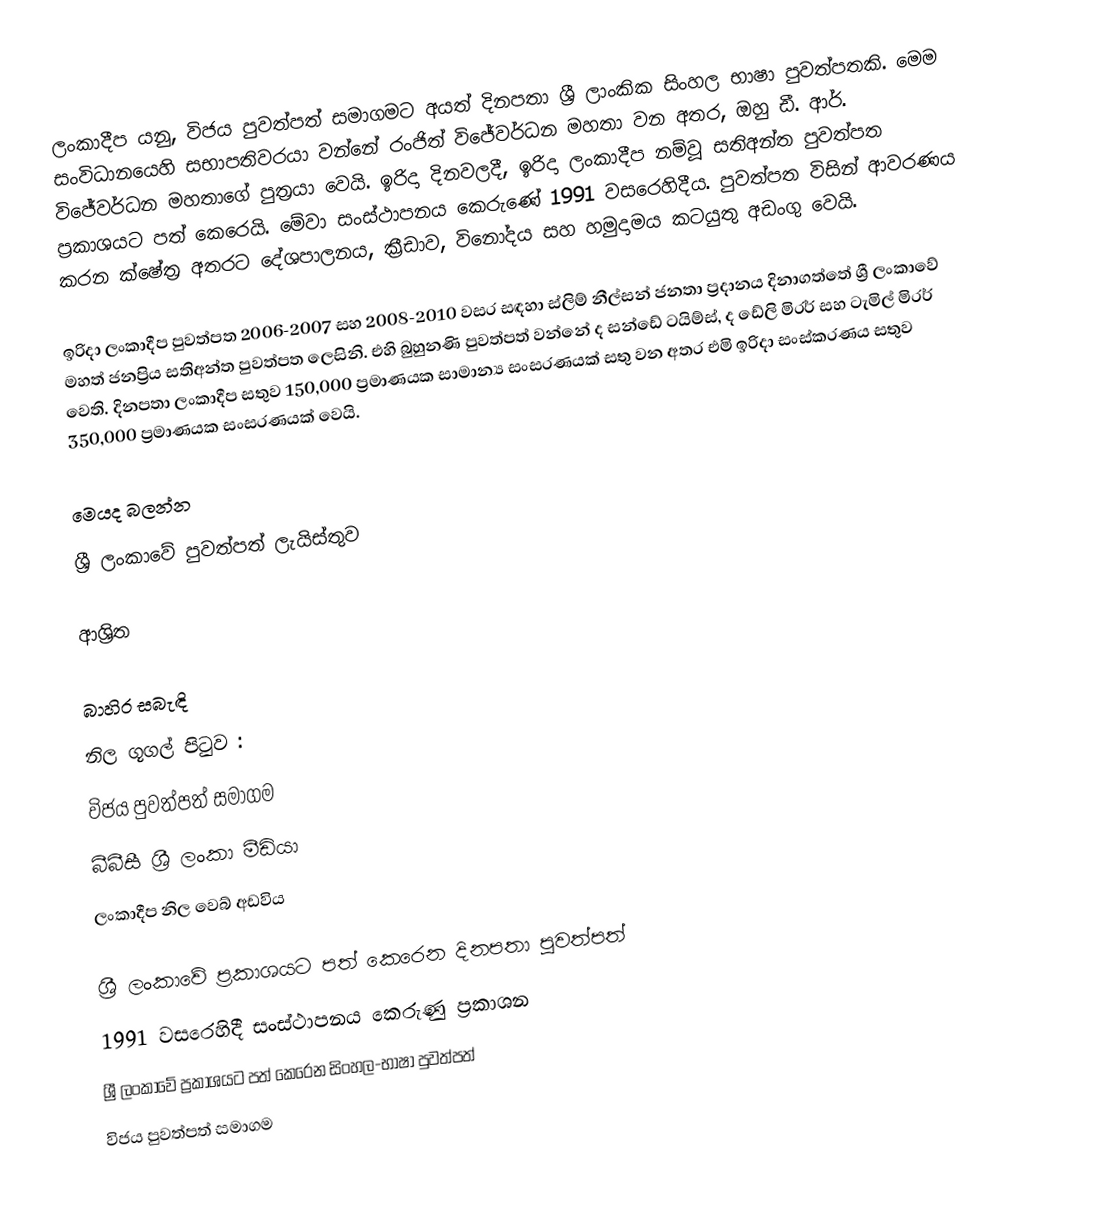
ලංකාදීප යනු,  විජය පුවත්පත් සමාගමට අයත් දිනපතා ශ්‍රී ලාංකික සිංහල භාෂා පුවත්පතකි. මෙම සංවිධානයෙහි සභාපතිවරයා වන්නේ රංජිත් විජේවර්ධන මහතා වන අතර, ඔහු  ඩී. ආර්. විජේවර්ධන මහතාගේ පුත්‍රයා වෙයි. ඉරිදා දිනවලදී, ඉරිදා ලංකාදීප නම්වූ සතිඅන්ත පුවත්පත ප්‍රකාශයට පත් කෙරෙයි. මේවා සංස්ථාපනය කෙරුණේ 1991 වසරෙහිදීය. පුවත්පත විසින් ආවරණය කරන ක්ෂේත්‍ර අතරට දේශපාලනය, ක්‍රීඩාව, විනෝදය සහ හමුදාමය කටයුතු අඩංගු වෙයි.

ඉරිදා ලංකාදීප පුවත්පත 2006-2007 සහ 2008-2010 වසර සඳහා ස්ලිම් නීල්සන් ජනතා ප්‍රදානය දිනාගත්තේ ශ්‍රී ලංකාවේ මහත් ජනප්‍රිය සතිඅන්ත පුවත්පත ලෙසිනි. එහි බුහුනණි පුවත්පත් වන්නේ ද සන්ඩේ ටයිම්ස්, ද ඩේලි මිරර් සහ ටැමිල් මිරර්  වෙති. දිනපතා ලංකාදීප සතුව 150,000 ප්‍රමාණයක සාමාන්‍ය සංසරණයක් සතු වන අතර එමි ඉරිදා සංස්කරණය සතුව  350,000 ප්‍රමාණයක සංසරණයක් වෙයි.

මෙයද බලන්න
ශ්‍රී ලංකාවේ පුවත්පත් ලැයිස්තුව

ආශ්‍රිත

බාහිර සබැඳි
නිල ගූගල් පිටුව :
විජය පුවත්පත් සමාගම
බීබීසී ශ්‍රී ලංකා මීඩියා
ලංකාදීප නිල වෙබ් අඩවිය

 ශ්‍රී ලංකාවේ ප්‍රකාශයට පත් කෙරෙන දිනපතා පුවත්පත්
 1991 වසරෙහිදී සංස්ථාපනය කෙරුණු ප්‍රකාශන
 ශ්‍රී ලංකාවේ ප්‍රකාශයට පත් කෙරෙන සිංහල-භාෂා පුවත්පත්
විජය පුවත්පත් සමාගම